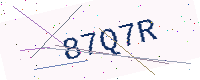
Text: 87Q7R